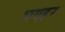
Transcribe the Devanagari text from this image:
भयहर